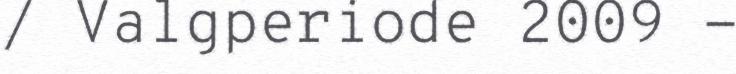
/ Valgperiode 2009 -